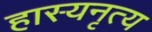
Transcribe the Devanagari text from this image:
हास्यनृत्य